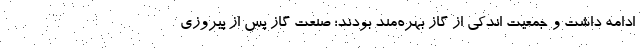
ادامه داشت و جمعیت اندکی از گاز بهره‌مند بودند؛ صنعت گاز پس از پیروزی